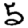
Digit: 5